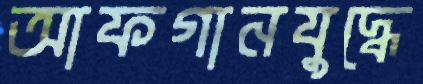
আফগানযুদ্ধে